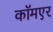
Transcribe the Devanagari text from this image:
कॉमएर